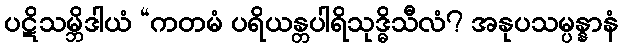
ပဋိသမ္ဘိဒါယံ “ကတမံ ပရိယန္တပါရိသုဒ္ဓိသီလံ? အနုပသမ္ပန္နာနံ